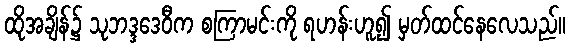
ထိုအချိန်၌ သုဘဒ္ဒဒေဝီက စကြာမင်းကို ရဟန်းဟူ၍ မှတ်ထင်နေလေသည်။